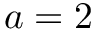
a = 2